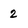
Character: 2